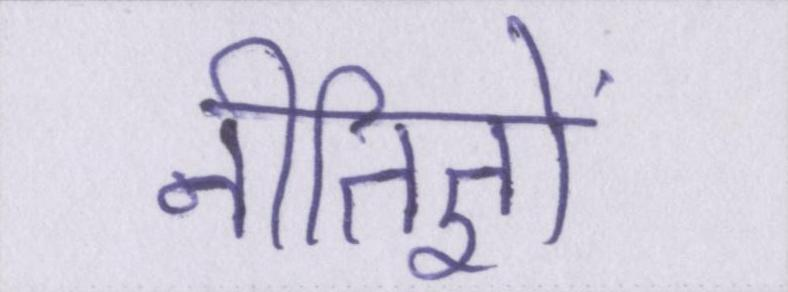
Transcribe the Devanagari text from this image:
नीतिज्ञों